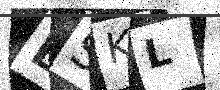
Text: BSKL